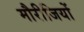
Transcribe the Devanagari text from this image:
मौरीजियों